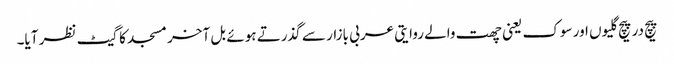
پیچ در پیچ گلیوں اور سوک یعنی چھت والے روایتی عربی بازار سے گذرتے ہوئے بل آخر مسجد کا گیٹ نظر آیا۔